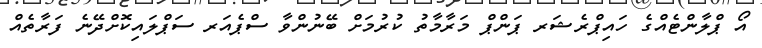
އޯ ޕްލާންޓެއްގެ ހައިޕްރެޝަރ ޕަންޕް މަރާމާތު ކުރުމަށް ބޭނުންވާ ސްޕެއަރ ސަޕްލައިކޮށްދޭނެ ފަރާތެއް